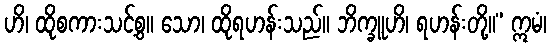
ဟိ၊ ထိုစကားသင့်စွ။ သော၊ ထိုရဟန်းသည်။ ဘိက္ခူဟိ၊ ရဟန်းတို့။” ဣမံ၊